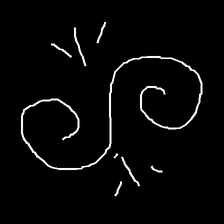
Glyph: wind-directs-air